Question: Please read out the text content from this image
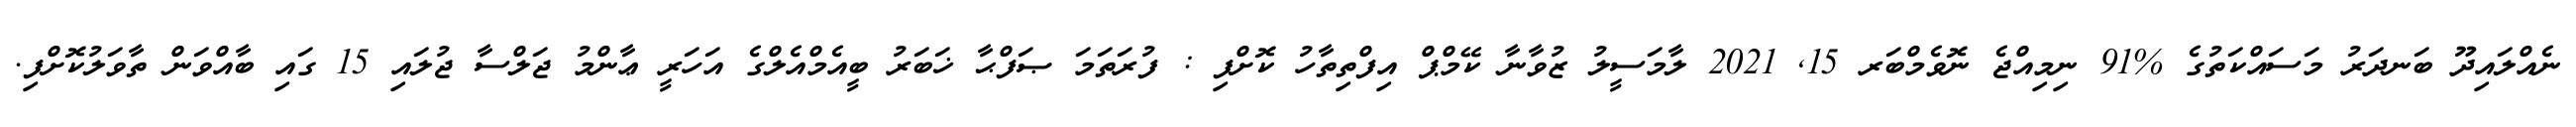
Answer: ނެއްލައިދޫ ބަނދަރު މަސައްކަތުގެ %91 ނިމިއްޖެ ނޮވެމްބަރ 15, 2021 ލާމަސީލު ޒުވާނާ ކޭމްޕް އިފްތިތާހު ކޮށްފި : ފުރަތަމަ ޞަފްޙާ ޚަބަރު ބީއެމްއެލްގެ އަހަރީ ޢާންމު ޖަލްސާ ޖުލައި 15 ގައި ބާއްވަން ތާވަލުކޮށްފި.